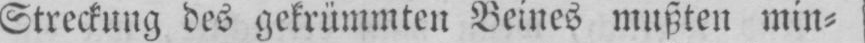
Streckung des gekrümmten Beines mußten min⸗